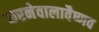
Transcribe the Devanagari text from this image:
करनेवालावैष्णव